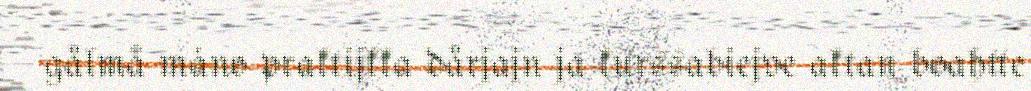
gålmå máno praktijkka dårjajn ja kurssabiejve aktan boahtte